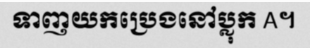
ទាញយកប្រេងនៅប្លុក A។